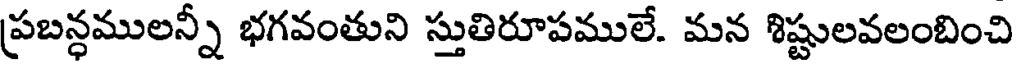
ప్రబన్ధములన్నీ భగవంతుని స్తుతిరూపములే. మన శిష్టులవలంబించి